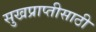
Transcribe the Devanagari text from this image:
सुखप्राप्तीसाठी